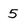
Character: 5